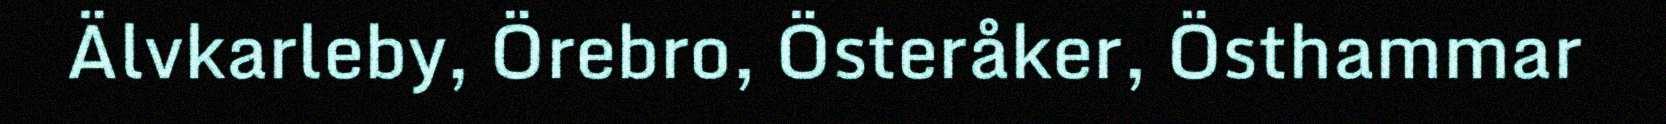
Älvkarleby, Örebro, Österåker, Östhammar